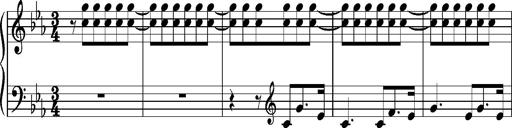
Title: La cloche sonne
Composer: Franz Liszt